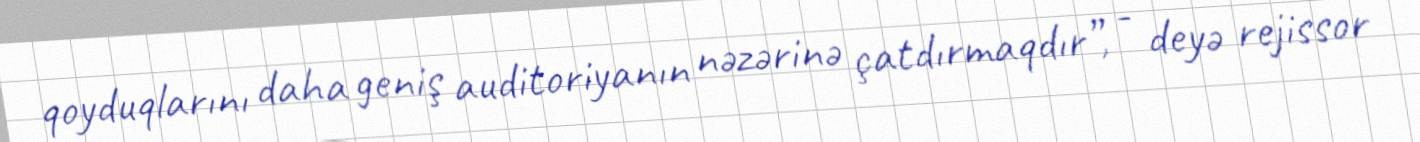
qoyduqlarını daha geniş auditoriyanın nəzərinə çatdırmaqdır”, - deyə rejissor